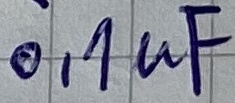
Text: 0,1µF